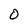
Character: O